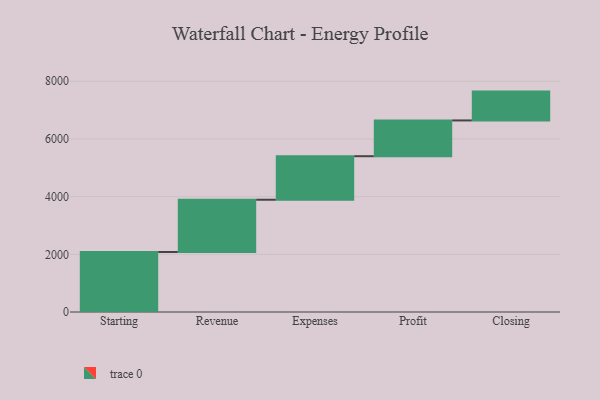
{"axis": {"x": "Step", "y": "Value"}, "legend": [""], "data": [{"x": "Starting", "y": 2080.0, "type": ""}, {"x": "Revenue", "y": 1812.0, "type": ""}, {"x": "Expenses", "y": 1509.0, "type": ""}, {"x": "Profit", "y": 1240.0, "type": ""}, {"x": "Closing", "y": 1000, "type": ""}]}